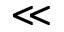
\ll